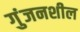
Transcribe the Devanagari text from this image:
गुंजनशील